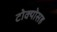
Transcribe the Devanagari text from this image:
टोक्योसह